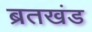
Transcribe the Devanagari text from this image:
ब्रतखंड